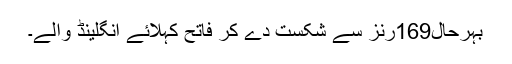
بہرحال169رنز سے شکست دے کر فاتح کہلائے انگلینڈ والے۔